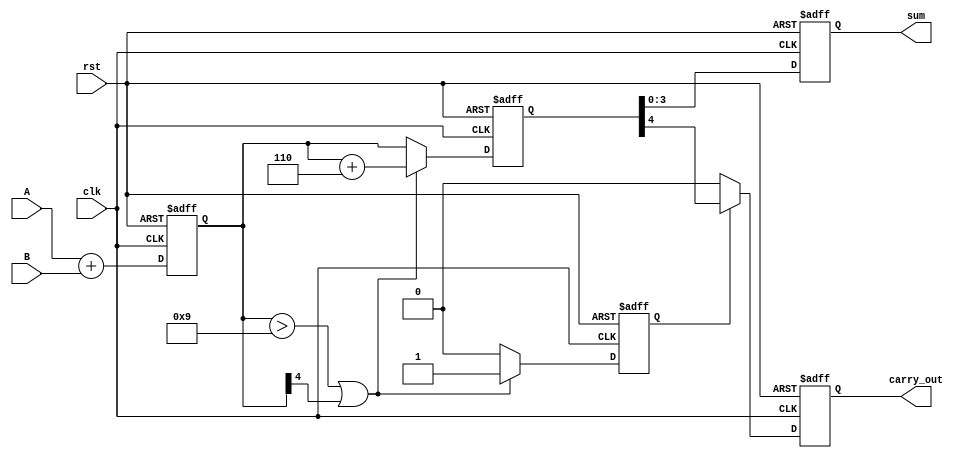
module BCD_Pipelined_Adder (
    input wire clk,
    input wire rst,
    input wire [3:0] A,     // BCD digit A
    input wire [3:0] B,     // BCD digit B
    output reg [3:0] sum,    // BCD result
    output reg carry_out     // Carry out signal
);

    // Intermediate signals for pipelining
    reg [4:0] sum_stage1;   // Stage 1: Initial addition
    reg [4:0] sum_stage2;   // Stage 2: Correction check
    reg correction;          // Indicates if correction is needed

    // Stage 1: Initial binary addition
    always @(posedge clk or posedge rst) begin
        if (rst) begin
            sum_stage1 <= 5'b0;
        end else begin
            sum_stage1 <= A + B; // Perform initial addition
        end
    end

    // Stage 2: Check for BCD correction
    always @(posedge clk or posedge rst) begin
        if (rst) begin
            sum_stage2 <= 5'b0;
            correction <= 1'b0;
        end else begin
            if (sum_stage1 > 9 || sum_stage1[4]) begin
                correction <= 1'b1; // Correction needed
                sum_stage2 <= sum_stage1 + 5'b00110; // Add 6
            end else begin
                correction <= 1'b0; // No correction needed
                sum_stage2 <= sum_stage1; // Pass through
            end
        end
    end

    // Stage 3: Final output generation
    always @(posedge clk or posedge rst) begin
        if (rst) begin
            sum <= 4'b0;
            carry_out <= 1'b0;
        end else begin
            if (correction) begin
                sum <= sum_stage2[3:0]; // Valid BCD result after correction
                carry_out <= sum_stage2[4]; // Carry out if overflow
            end else begin
                sum <= sum_stage2[3:0]; // Valid BCD result with no correction
                carry_out <= 1'b0; // No carry out
            end
        end
    end

endmodule